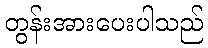
တွန်းအားပေးပါသည်